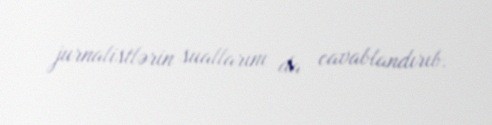
jurnalistlərin suallarını da cavablandırıb.